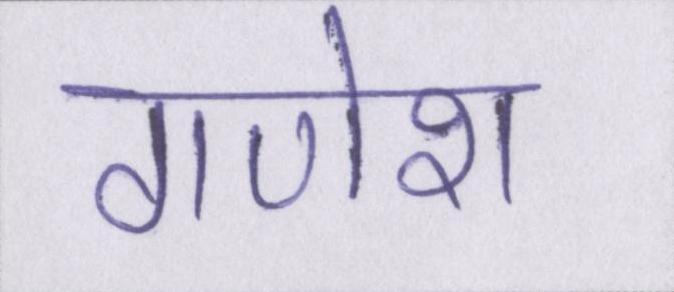
गणेश